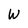
Character: W